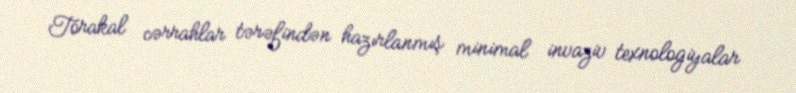
Torakal cərrahlar tərəfindən hazırlanmış minimal invaziv texnologiyalar